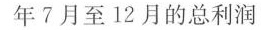
年7月至12月的总利润